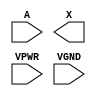
module sky130_fd_sc_hs__dlygate4sd3 (
    //# {{data|Data Signals}}
    input  A   ,
    output X   ,

    //# {{power|Power}}
    input  VPWR,
    input  VGND
);
endmodule